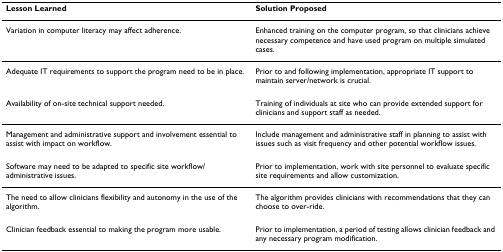
| Lesson Learned | Solution Proposed |
 | --- | --- |
 | Variation in computer literacy may affect adherence. | Enhanced training on the computer program, so that clinicians achieve necessary competence and have used program on multiple simulated cases. |
 | Adequate IT requirements to support the program need to be in place. | Prior to and following implementation, appropriate IT support to maintain server/network is crucial. |
 | Availability of on-site technical support needed. | Training of individuals at site who can provide extended support for clinicians and support staff as needed. |
 | Management and administrative support and involvement essential to assist with impact on workflow. | Include management and administrative staff in planning to assist with issues such as visit frequency and other potential workflow issues. |
 | Software may need to be adapted to specific site workflow/administrative issues. | Prior to implementation, work with site personnel to evaluate specific site requirements and allow customization. |
 | The need to allow clinicians flexibility and autonomy in the use of the algorithm. | The algorithm provides clinicians with recommendations that they can choose to over-ride. |
 | Clinician feedback essential to making the program more usable. | Prior to implementation, a period of testing allows clinician feedback and any necessary program modification. |